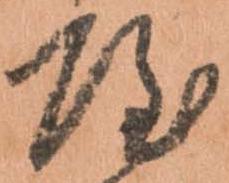
や